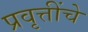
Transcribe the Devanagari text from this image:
प्रवृत्तींचे